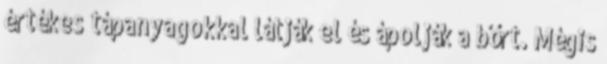
értékes tápanyagokkal látják el és ápolják a bőrt. Mégis